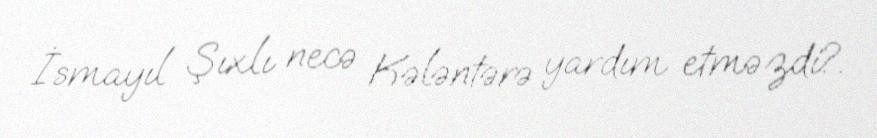
İsmayıl Şıxlı necə Kələntərə yardım etməzdi?.